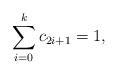
LaTeX: \begin{align*}\sum\limits_{i=0}^{k}c_{2i+1}=1,\end{align*}